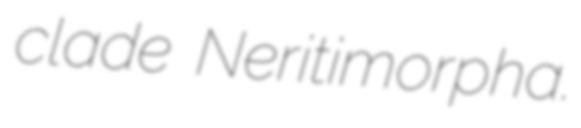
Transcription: clade Neritimorpha.